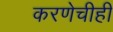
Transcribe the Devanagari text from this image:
करणेचीही